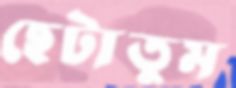
ছেটাতুম